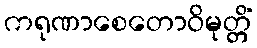
ကရုဏာစေတောဝိမုတ္တိံ